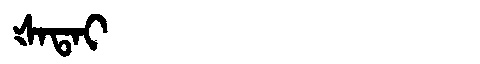
Manchu: ᡧᠠᡨᠠᡳ
Romanization: ŠATAI